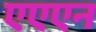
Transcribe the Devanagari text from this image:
एएएन